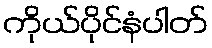
ကိုယ်ပိုင်နံပါတ်